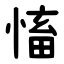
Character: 慉